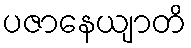
ပဇာနေယျာတိ